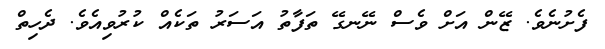
ފެށުނެވެ. ޒޭން އަށް ވެސް ނޭނގޭ ތަފާތު އަސަރު ތަކެއް ކުރުވިއެވެ. ދެހިތް